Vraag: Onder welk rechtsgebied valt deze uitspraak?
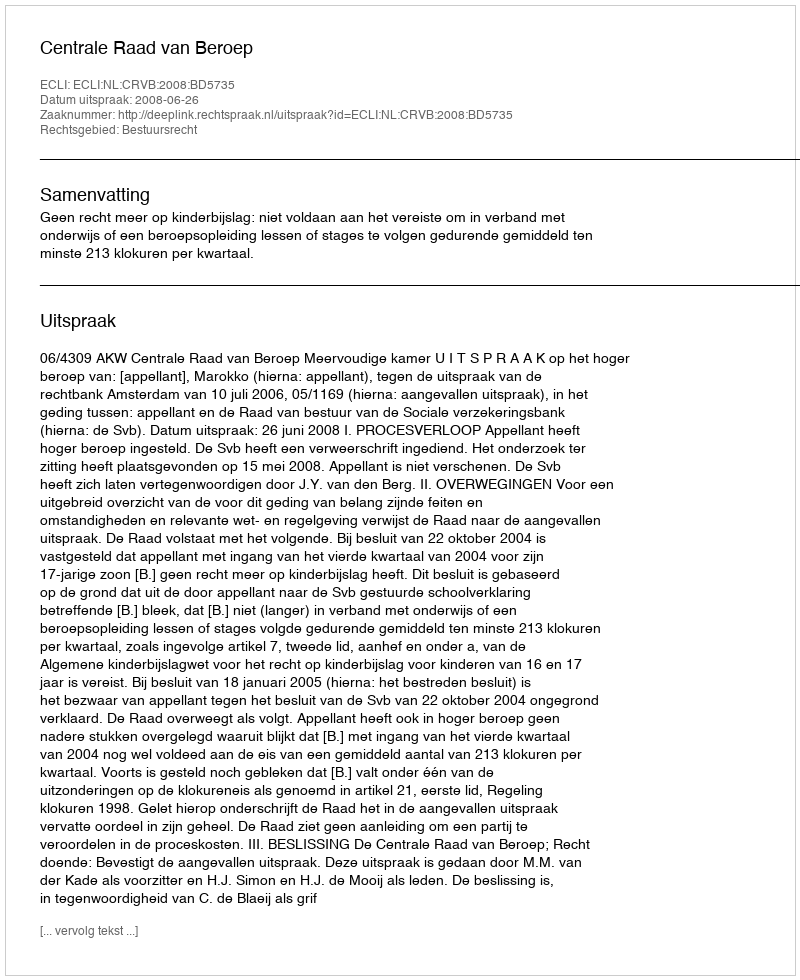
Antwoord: Bestuursrecht